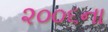
૨૦૦૬ના